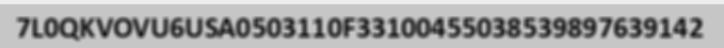
7L0QKVOVU6USA0503110F33100455038539897639142